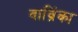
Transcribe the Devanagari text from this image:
वाव्रिंका